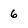
Character: 6